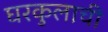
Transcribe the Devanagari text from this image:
घरकुलाची